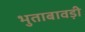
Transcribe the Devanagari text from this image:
भुताबावड़ी